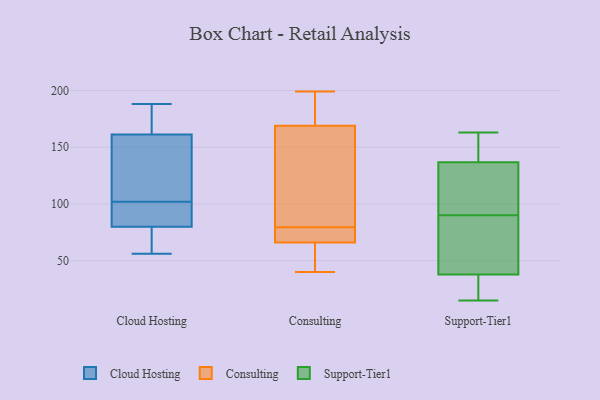
{"axis": {"x": "Humidity (%)", "y": "Value"}, "legend": ["Cloud Hosting", "Consulting", "Support-Tier1"], "data": [{"x": "", "y": 102, "type": "Cloud Hosting"}, {"x": "", "y": 56, "type": "Cloud Hosting"}, {"x": "", "y": 62, "type": "Cloud Hosting"}, {"x": "", "y": 184, "type": "Cloud Hosting"}, {"x": "", "y": 122, "type": "Cloud Hosting"}, {"x": "", "y": 85, "type": "Cloud Hosting"}, {"x": "", "y": 94, "type": "Cloud Hosting"}, {"x": "", "y": 188, "type": "Cloud Hosting"}, {"x": "", "y": 149, "type": "Cloud Hosting"}, {"x": "", "y": 65, "type": "Cloud Hosting"}, {"x": "", "y": 100, "type": "Cloud Hosting"}, {"x": "", "y": 64, "type": "Cloud Hosting"}, {"x": "", "y": 99, "type": "Cloud Hosting"}, {"x": "", "y": 172, "type": "Cloud Hosting"}, {"x": "", "y": 159, "type": "Cloud Hosting"}, {"x": "", "y": 168, "type": "Cloud Hosting"}, {"x": "", "y": 112, "type": "Cloud Hosting"}, {"x": "", "y": 116, "type": "Consulting"}, {"x": "", "y": 48, "type": "Consulting"}, {"x": "", "y": 169, "type": "Consulting"}, {"x": "", "y": 69, "type": "Consulting"}, {"x": "", "y": 181, "type": "Consulting"}, {"x": "", "y": 40, "type": "Consulting"}, {"x": "", "y": 66, "type": "Consulting"}, {"x": "", "y": 199, "type": "Consulting"}, {"x": "", "y": 66, "type": "Consulting"}, {"x": "", "y": 90, "type": "Consulting"}, {"x": "", "y": 30, "type": "Support-Tier1"}, {"x": "", "y": 61, "type": "Support-Tier1"}, {"x": "", "y": 90, "type": "Support-Tier1"}, {"x": "", "y": 136, "type": "Support-Tier1"}, {"x": "", "y": 135, "type": "Support-Tier1"}, {"x": "", "y": 137, "type": "Support-Tier1"}, {"x": "", "y": 26, "type": "Support-Tier1"}, {"x": "", "y": 145, "type": "Support-Tier1"}, {"x": "", "y": 163, "type": "Support-Tier1"}, {"x": "", "y": 70, "type": "Support-Tier1"}, {"x": "", "y": 15, "type": "Support-Tier1"}]}